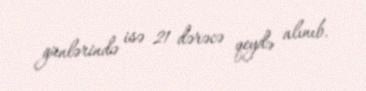
günlərində isə 21 dərəcə qeydə alınıb.